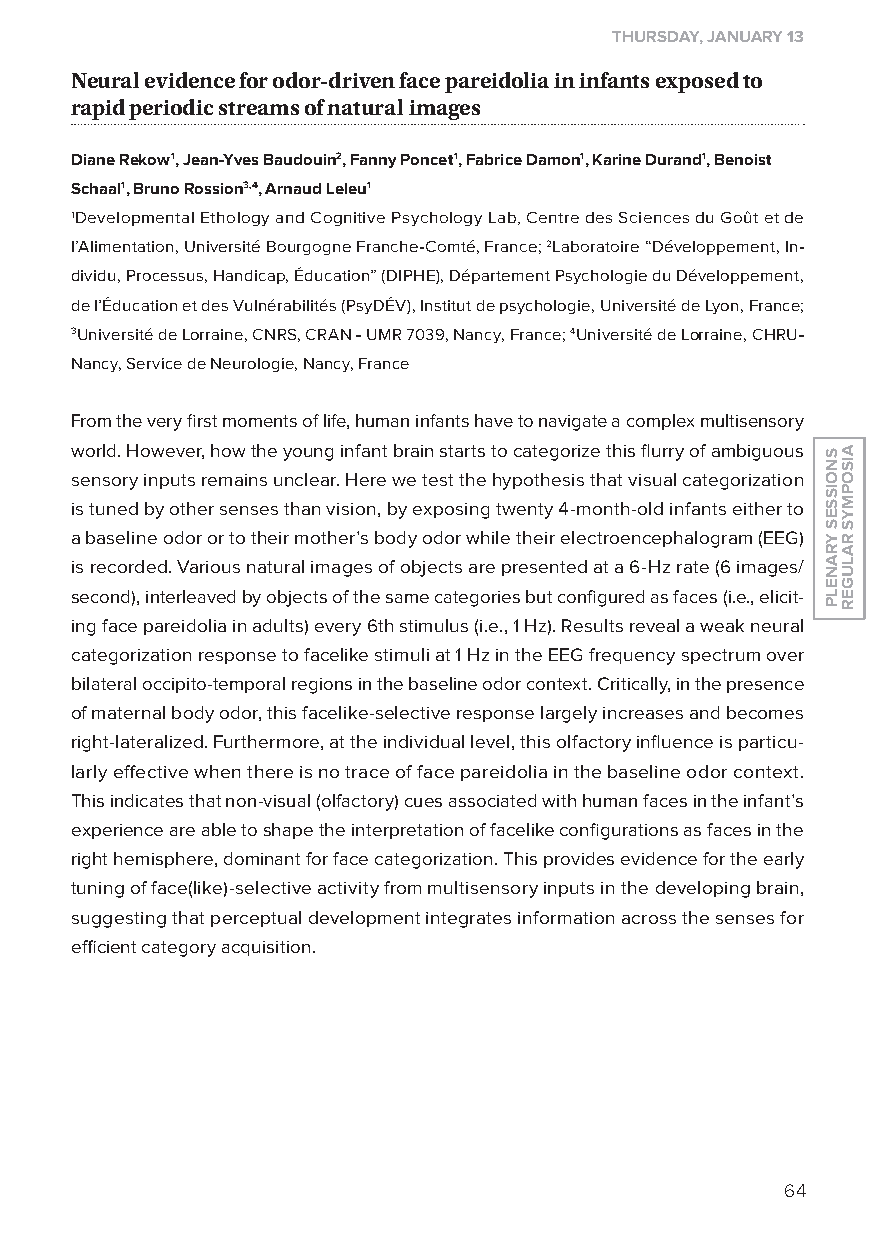
THurSdAy, JAnuAry 13
 neural evidence for odor-driven face pareidolia in infants exposed to
 rapid periodic streams of natural images
 diane rekow1, Jean-yves Baudouin2, Fanny Poncet1, Fabrice damon1, Karine durand1, Benoist
 Schaal1, Bruno rossion3,4, Arnaud Leleu1
 1Developmental Ethology and Cognitive Psychology lab, Centre des Sciences du Goût et de
 l’Alimentation, Université Bourgogne Franche-Comté, France; 2laboratoire “Développement, In-
 dividu, Processus, Handicap, Éducation” (DIPHE), Département Psychologie du Développement,
 de l’Éducation et des Vulnérabilités (PsyDÉV), Institut de psychologie, Université de lyon, France;
 3Université de lorraine, CNRS, CRAN - UMR 7039, Nancy, France; 4Université de lorraine, CHRU-
 Nancy, Service de Neurologie, Nancy, France
 From the very first moments of life, human infants have to navigate a complex multisensory
 world. However, how the young infant brain starts to categorize this flurry of ambiguous
 sensory inputs remains unclear. Here we test the hypothesis that visual categorization
 is tuned by other senses than vision, by exposing twenty 4-month-old infants either to
 a baseline odor or to their mother’s body odor while their electroencephalogram (EEG)
 is recorded. Various natural images of objects are presented at a 6-Hz rate (6 images/
 second), interleaved by objects of the same categories but configured as faces (i.e., elicit-
 ing face pareidolia in adults) every 6th stimulus (i.e., 1 Hz). Results reveal a weak neural
 categorization response to facelike stimuli at 1 Hz in the EEG frequency spectrum over
 bilateral occipito-temporal regions in the baseline odor context. Critically, in the presence
 of maternal body odor, this facelike-selective response largely increases and becomes
 right-lateralized. Furthermore, at the individual level, this olfactory influence is particu-
 larly effective when there is no trace of face pareidolia in the baseline odor context.
 This indicates that non-visual (olfactory) cues associated with human faces in the infant’s
 experience are able to shape the interpretation of facelike configurations as faces in the
 right hemisphere, dominant for face categorization. This provides evidence for the early
 tuning of face(like)-selective activity from multisensory inputs in the developing brain,
 suggesting that perceptual development integrates information across the senses for
 efficient category acquisition.
 64
 SnoiSSeS
 yranelP
 aiSoPMyS
 ralUGer